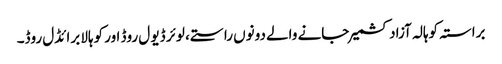
براستہ کوہالہ آزاد کشمیر جانے والے دونوں راستے، لوئر ڈیو ل روڈ اور کوہالا برائڈل روڈ۔